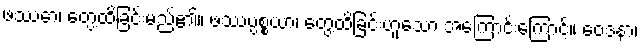
ဖဿော၊ တွေ့ထိခြင်းမည်၏။ ဖဿပ္ပစ္စယာ၊ တွေ့ထိခြင်းဟူသော အကြောင်းကြောင့်။ ဝေဒနာ၊